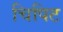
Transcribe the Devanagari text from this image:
चिपिट